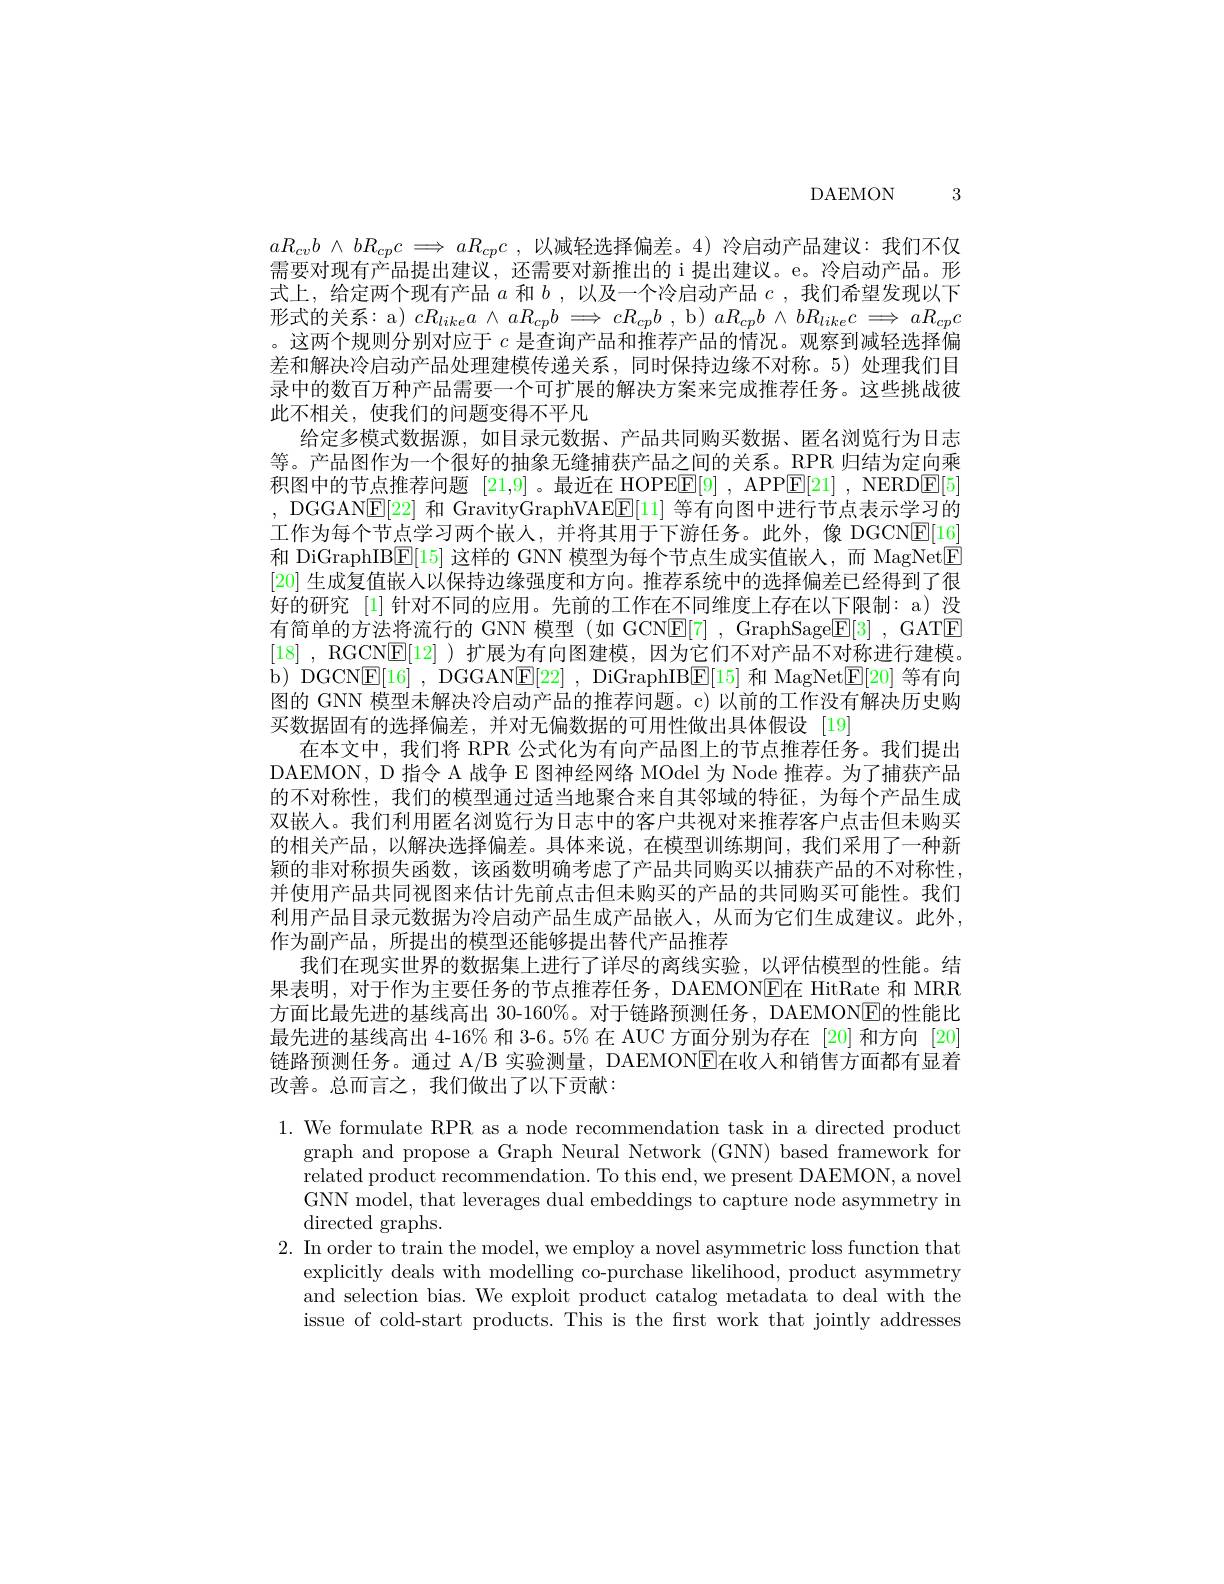
DAEMON 3

$aR_{cv}b$ $\wedge$ $bR_{cp}c \Longrightarrow aR_{cp}c$ , 以减轻选择偏差。4)冷启动产品建议：我们不仅需要对现有产品提出建议，还需要对新推出的 i 提出建议。e。冷启动产品。形式上，给定两个现有产品$a$和$b$ ,以及一个冷启动产品$c$ ,我们希望发现以下形式的关系：a) $cR_likea\wedge aR_{cp}b\implies cR_{cp}b$, b) $aR_cpb\wedge bR_{like}c\Longrightarrow aR_{cp}c$ 。这两个规则分别对应于$c$是查询产品和推荐产品的情况。观察到减轻选择偏差和解决冷启动产品处理建模传递关系，同时保持边缘不对称。5)处理我们目录中的数百万种产品需要一个可扩展的解决方案来完成推荐任务。这些挑战彼此不相关，使我们的问题变得不平凡
给定多模式数据源，如目录元数据、产品共同购买数据、匿名浏览行为日志等。产品图作为一个很好的抽象无缝捕获产品之间的关系。RPR 归结为定向乘积图中的节点推荐问题 [21,9] 。最近在 HOPEE[9] , APP$\overline {E}$[ 21] , NERDE[ 5] , DGGANE[22]和 GravityGraphVAEE[11]等有向图中进行节点表示学习的工作为每个节点学习两个嵌人，并将其用于下游任务。此外，像 DGCNE[16] 和 DiGraphIBE[15] 这样的 GNN 模型为每个节点生成实值嵌人，而 MagNet[F] [20]生成复值嵌入以保持边缘强度和方向。推荐系统中的选择偏差已经得到了很好的研究 [1] 针对不同的应用。先前的工作在不同维度上存在以下限制：a) 没有简单的方法将流行的 GNN 模型 (如 GCNE[7] , GraphSage[E[3] , GAT[E] [18] , RGCNE[12] ) 扩展为有向图建模，因为它们不对产品不对称进行建模。b) DGCN$\underline {\mathrm{E} }[ 16]$ , DGGAN$\underline {\mathrm{E} }[ 22]$ , DiGraphIB$\underline{\mathrm{E}}[15]$和 MagNet$\underline{\mathrm{E}}[20]$等有向图的 GNN 模型未解决冷启动产品的推荐问题。c)以前的工作没有解决历史购买数据固有的选择偏差，并对无偏数据的可用性做出具体假设[19]
在本文中，我们将 RPR 公式化为有向产品图上的节点推荐任务。我们提出DAEMON, D 指令 A 战争 E 图神经网络 MOdel 为 Node 推荐。为了捕获产品的不对称性，我们的模型通过适当地聚合来自其邻域的特征，为每个产品生成双嵌人。我们利用匿名浏览行为日志中的客户共视对来推荐客户点击但未购买的相关产品，以解决选择偏差。具体来说，在模型训练期间，我们采用了一种新颖的非对称损失函数，该函数明确考虑了产品共同购买以捕获产品的不对称性， 并使用产品共同视图来估计先前点击但未购买的产品的共同购买可能性。我们利用产品目录元数据为冷启动产品生成产品嵌人，从而为它们生成建议。此外， 作为副产品，所提出的模型还能够提出替代产品推荐
我们在现实世界的数据集上进行了详尽的离线实验，以评估模型的性能。结果表明，对于作为主要任务的节点推荐任务，DAEMONE在 HitRate 和 MRR 方面比最先进的基线高出 30-160%。对于链路预测任务，DAEMON[E]{E}的性能比最先进的基线高出 4-16% 和 3-6。5% 在 AUC 方面分别为存在 [20] 和方向 [20] 链路预测任务。通过 A/B 实验测量，DAEMONIE在收入和销售方面都有显着改善。总而言之，我们做出了以下贡献：

1. We formulate RPR as a node recommendation task in a directed product
graph and propose a Graph Neural Network (GNN) based framework for related product recommendation. To this end, we present DAEMON, a novel GNN model, that leverages dual embeddings to capture node asymmetry in directed graphs.
2. In order to train the model, we employ a novel asymmetric loss function that
explicitly deals with modelling co-purchase likelihood, product asymmetry and selection bias. We exploit product catalog metadata to deal with the issue of cold-start products. This is the first work that jointly addresses